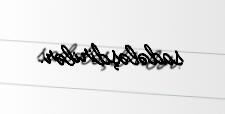
sadələşdirilər.